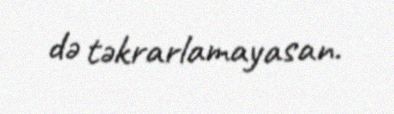
də təkrarlamayasan.